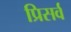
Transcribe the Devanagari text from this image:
प्रिसर्व